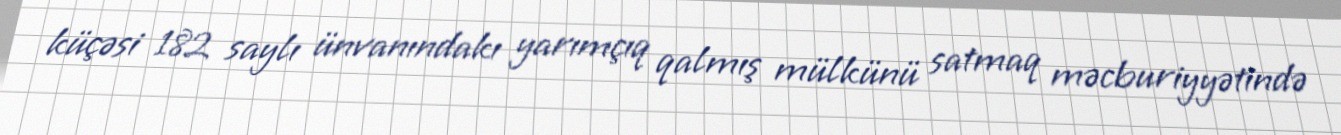
küçəsi 182 saylı ünvanındakı yarımçıq qalmış mülkünü satmaq məcburiyyətində